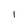
Character: I